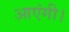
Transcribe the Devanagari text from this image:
आएंगी।